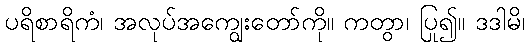
ပရိစာရိကံ၊ အလုပ်အကျွေးတော်ကို။ ကတွာ၊ ပြု၍။ ဒဒါမိ၊